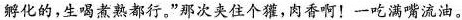
孵化的，生喝煮熟都行。”那次夹住个獾，肉香啊！一吃满嘴流油。